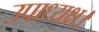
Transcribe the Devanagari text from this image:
उपाध्यक्ष।